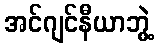
အင်ဂျင်နီယာဘွဲ့